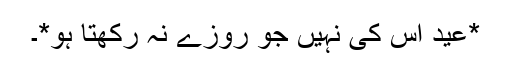
*عید اس کی نہیں جو روزے نہ رکھتا ہو*۔